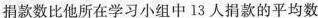
捐款数比他所在学习小组中13人捐款的平均数